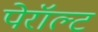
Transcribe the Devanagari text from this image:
पेरॉल्ट